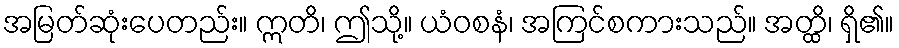
အမြတ်ဆုံးပေတည်း။ ဣတိ၊ ဤသို့။ ယံဝစနံ၊ အကြင်စကားသည်။ အတ္ထိ၊ ရှိ၏။